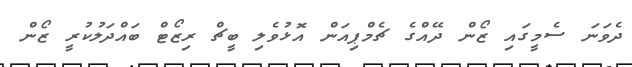
ދެވަނަ ސެމީގައި ޒޯން ދޭއްގެ ޗެމްޕިއަން އޮޅުވެލި ބީޗް ރިޒޯޓް ބައްދަލުކުރީ ޒޯން